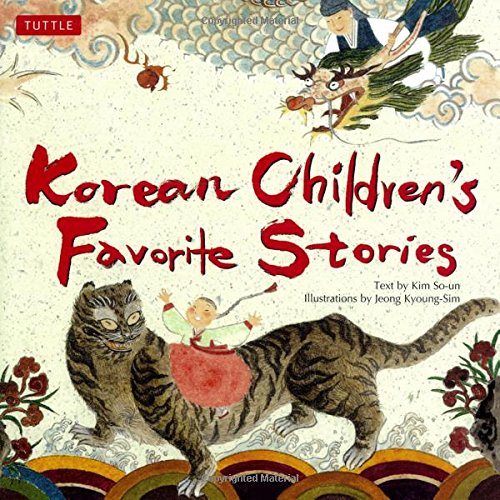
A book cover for Korean Children's Favorite Stories; Kim So-Un; Children's Books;